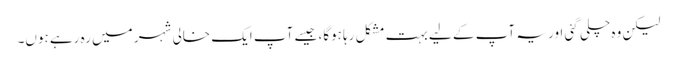
لیکن وہ چلی گئی اور یہ آپ کے لیے بہت مشکل رہا ہوگا، جیسے آپ ایک خالی شہر میں رہ رہے ہوں۔